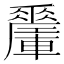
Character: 𨏜